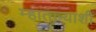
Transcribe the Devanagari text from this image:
म्हाताऱ्याशी